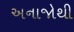
અનાજોથી